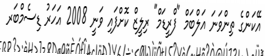
އޭކަންގެ ތިންވަނަ އަލްބަމް "ފްރީޑަމް" ރިލީޒް ކޮށްފައި ވަނީ 2008 އަހަރު ޑިސެމްބަރ